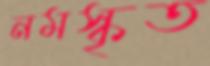
নমস্কৃত